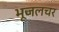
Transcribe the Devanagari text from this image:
भूजलचर